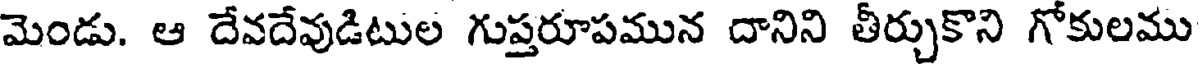
మెండు. ఆ దేవదేవుడిటుల గుప్తరూపమున దానిని తీర్చుకొని గోకులము